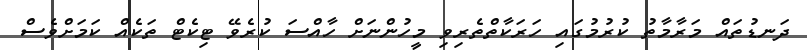
ދަނޑުތައް މަރާމާތު ކުރުމުގައި ހަރަކާތްތެރިވި މީހުންނަށް ހާއްސަ ކުރެވޭ ޓިކެޓް ތަކެއް ކަމަށްވެސް